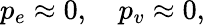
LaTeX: p_{e}\approx 0,\quad p_{v}\approx 0,